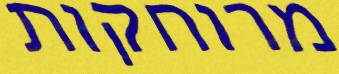
מרוחקות